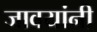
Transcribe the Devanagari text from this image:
जावयांनी